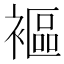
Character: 䙔